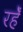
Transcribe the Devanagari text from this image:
रहेँ